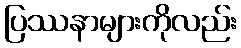
ပြဿနာများကိုလည်း